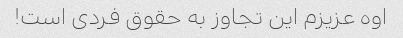
اوه عزیزم این تجاوز به حقوق فردی است!